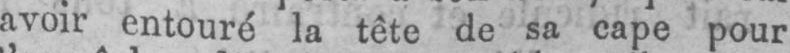
avoir entouré la tête de sa cape pour